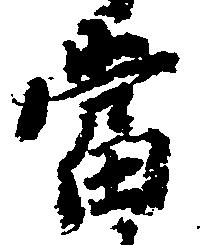
当